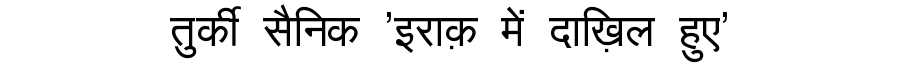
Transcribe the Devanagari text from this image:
तुर्की सैनिक 'इराक़ में दाख़िल हुए'